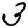
Digit: 3